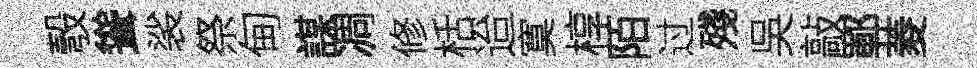
彀聳裟祭甸謀凋修栝迨寞椁陌过殘吳敲鄆菱